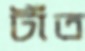
টাঁত